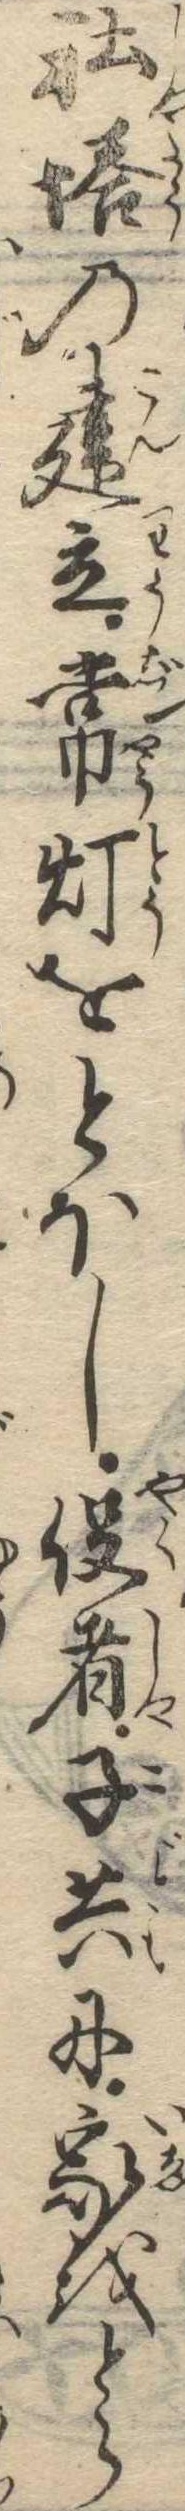
社塔の建立常灯をとほし役者子共に家をとら